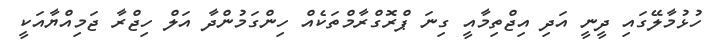
ހުޅުމާލޭގައި ދީނީ އަދި އިޖްތިމާއީ ގިނަ ޕްރޮގްރާމްތަކެއް ހިންގަމުންދާ އަލް ހިޖްރާ ޖަމިއްޔާއަކީ